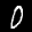
Label: 0